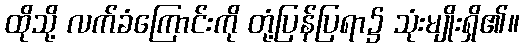
ထိုသို့ လက်ခံကြောင်းကို တုံ့ပြန်ပြရာ၌ သုံးမျိုးရှိ၏။